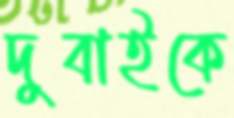
দুবাইকে